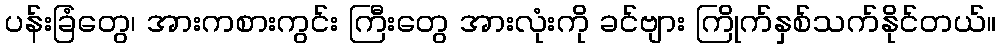
ပန်းခြံတွေ၊ အားကစားကွင်း ကြီးတွေ အားလုံးကို ခင်ဗျား ကြိုက်နှစ်သက်နိုင်တယ်။